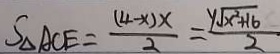
S _ { \Delta A C E } = \frac { ( 4 - x ) x } { 2 } = \frac { y \sqrt { x ^ { 2 } + 1 6 } } { 2 }